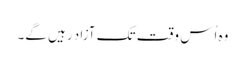
وہ اُس وقت تک آزاد رہیں گے۔